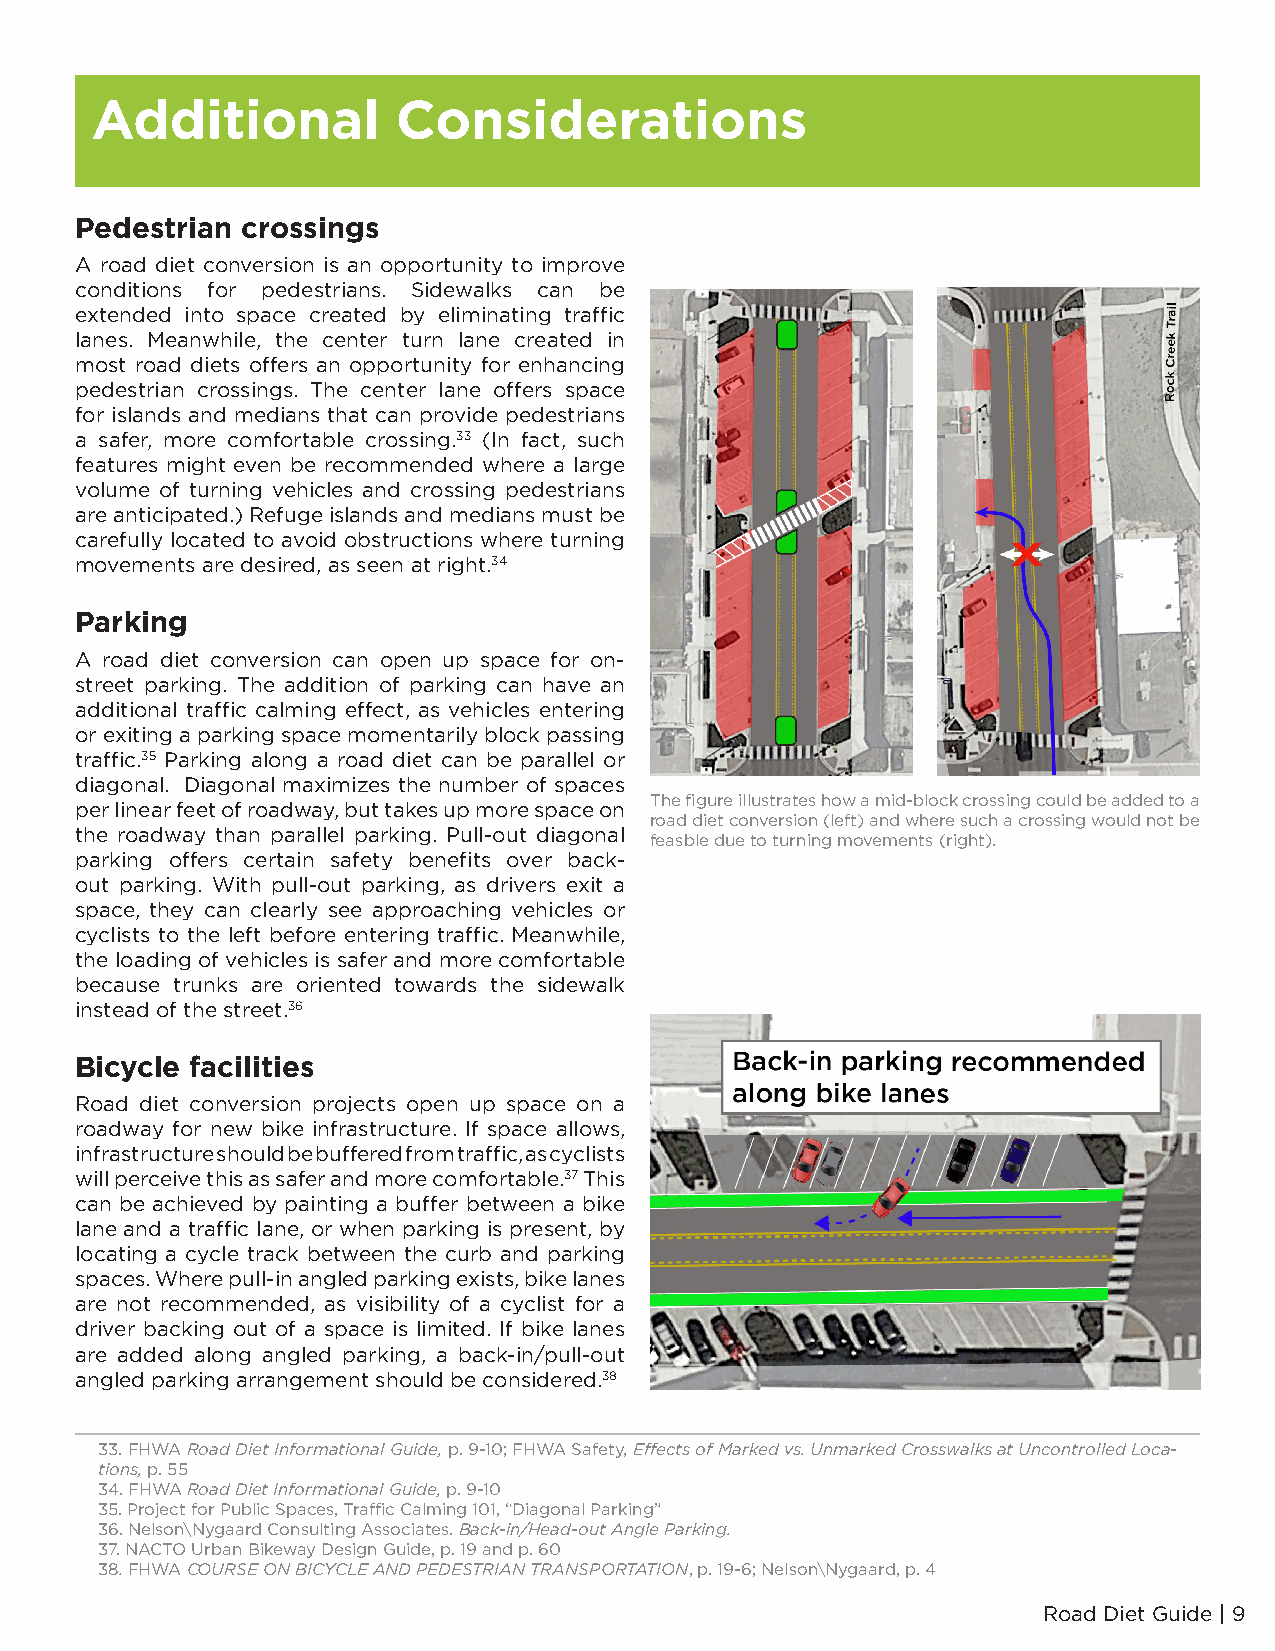
Additional          Considerations
 Pedestrian crossings
 A road diet conversion is an opportunity to improve
 conditions for pedestrians. Sidewalks can be
 extended into space created by eliminating traffic
 lanes. Meanwhile, the center turn lane created in
 most road diets offers an opportunity for enhancing
 pedestrian crossings. The center lane offers space
 for islands and medians that can provide pedestrians
 a safer, more comfortable crossing.33 (In fact, such
 features might even be recommended where a large
 volume of turning vehicles and crossing pedestrians
 are anticipated.) Refuge islands and medians must be
 carefully located to avoid obstructions where turning
 movements are desired, as seen at right.34
 Parking
 A road diet conversion can open up space for on-
 street parking. The addition of parking can have an
 additional traffic calming effect, as vehicles entering
 or exiting a parking space momentarily block passing
 traffic.35 Parking along a road diet can be parallel or
 diagonal. Diagonal maximizes the number of spaces
 The figure illustrates how a mid-block crossing could be added to a
 per linear feet of roadway, but takes up more space on
 road diet conversion (left) and where such a crossing would not be
 the roadway than parallel parking. Pull-out diagonal
 feasble due to turning movements (right).
 parking offers certain safety benefits over back-
 out parking. With pull-out parking, as drivers exit a
 space, they can clearly see approaching vehicles or
 cyclists to the left before entering traffic. Meanwhile,
 the loading of vehicles is safer and more comfortable
 because trunks are oriented towards the sidewalk
 instead of the street.36
 Bicycle facilities
 Road diet conversion projects open up space on a
 roadway for new bike infrastructure. If space allows,
 infrastructure should be buffered from traffic, as cyclists
 will perceive this as safer and more comfortable.37 This
 can be achieved by painting a buffer between a bike
 lane and a traffic lane, or when parking is present, by
 locating a cycle track between the curb and parking
 spaces. Where pull-in angled parking exists, bike lanes
 are not recommended, as visibility of a cyclist for a
 driver backing out of a space is limited. If bike lanes
 are added along angled parking, a back-in/pull-out
 angled parking arrangement should be considered.38
 33. FHWA Road Diet Informational Guide, p. 9-10; FHWA Safety, Effects of Marked vs. Unmarked Crosswalks at Uncontrolled Loca-
 tions, p. 55
 34. FHWA Road Diet Informational Guide, p. 9-10
 35. Project for Public Spaces, Traffic Calming 101, “Diagonal Parking”
 36. Nelson\Nygaard Consulting Associates. Back-in/Head-out Angle Parking.
 37. NACTO Urban Bikeway Design Guide, p. 19 and p. 60
 38. FHWA COURSE ON BICYCLE AND PEDESTRIAN TRANSPORTATION, p. 19-6; Nelson\Nygaard, p. 4
 Road Diet Guide | 9